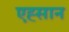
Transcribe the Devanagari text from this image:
एह्सान